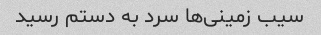
سیب زمینی‌ها سرد به دستم رسید